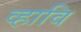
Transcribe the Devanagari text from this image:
व्हावि